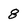
Character: 8